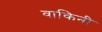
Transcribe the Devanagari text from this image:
वाकिनी